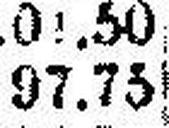
97.75